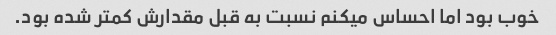
خوب بود اما احساس میکنم نسبت به قبل مقدارش کمتر شده بود.